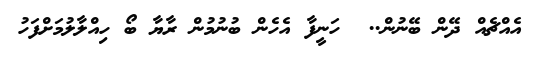
އެއްޗެއް ދޭން ބޭނުން..  ހަނީފާ އެހެން ބުނުމުން ރާޔާ ބޯ ހިއްލާލުމަށްފަހު